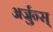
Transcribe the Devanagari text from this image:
अर्जुन्स्